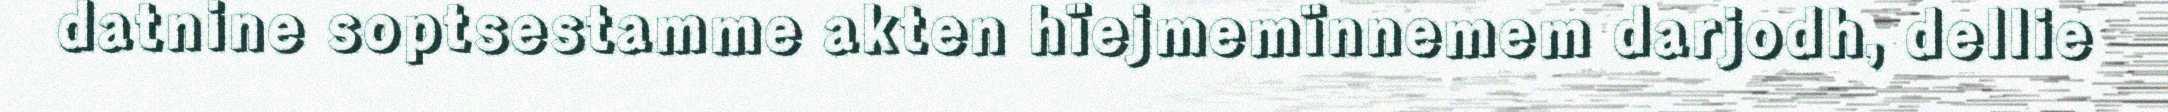
datnine soptsestamme akten hïejmemïnnemem darjodh, dellie